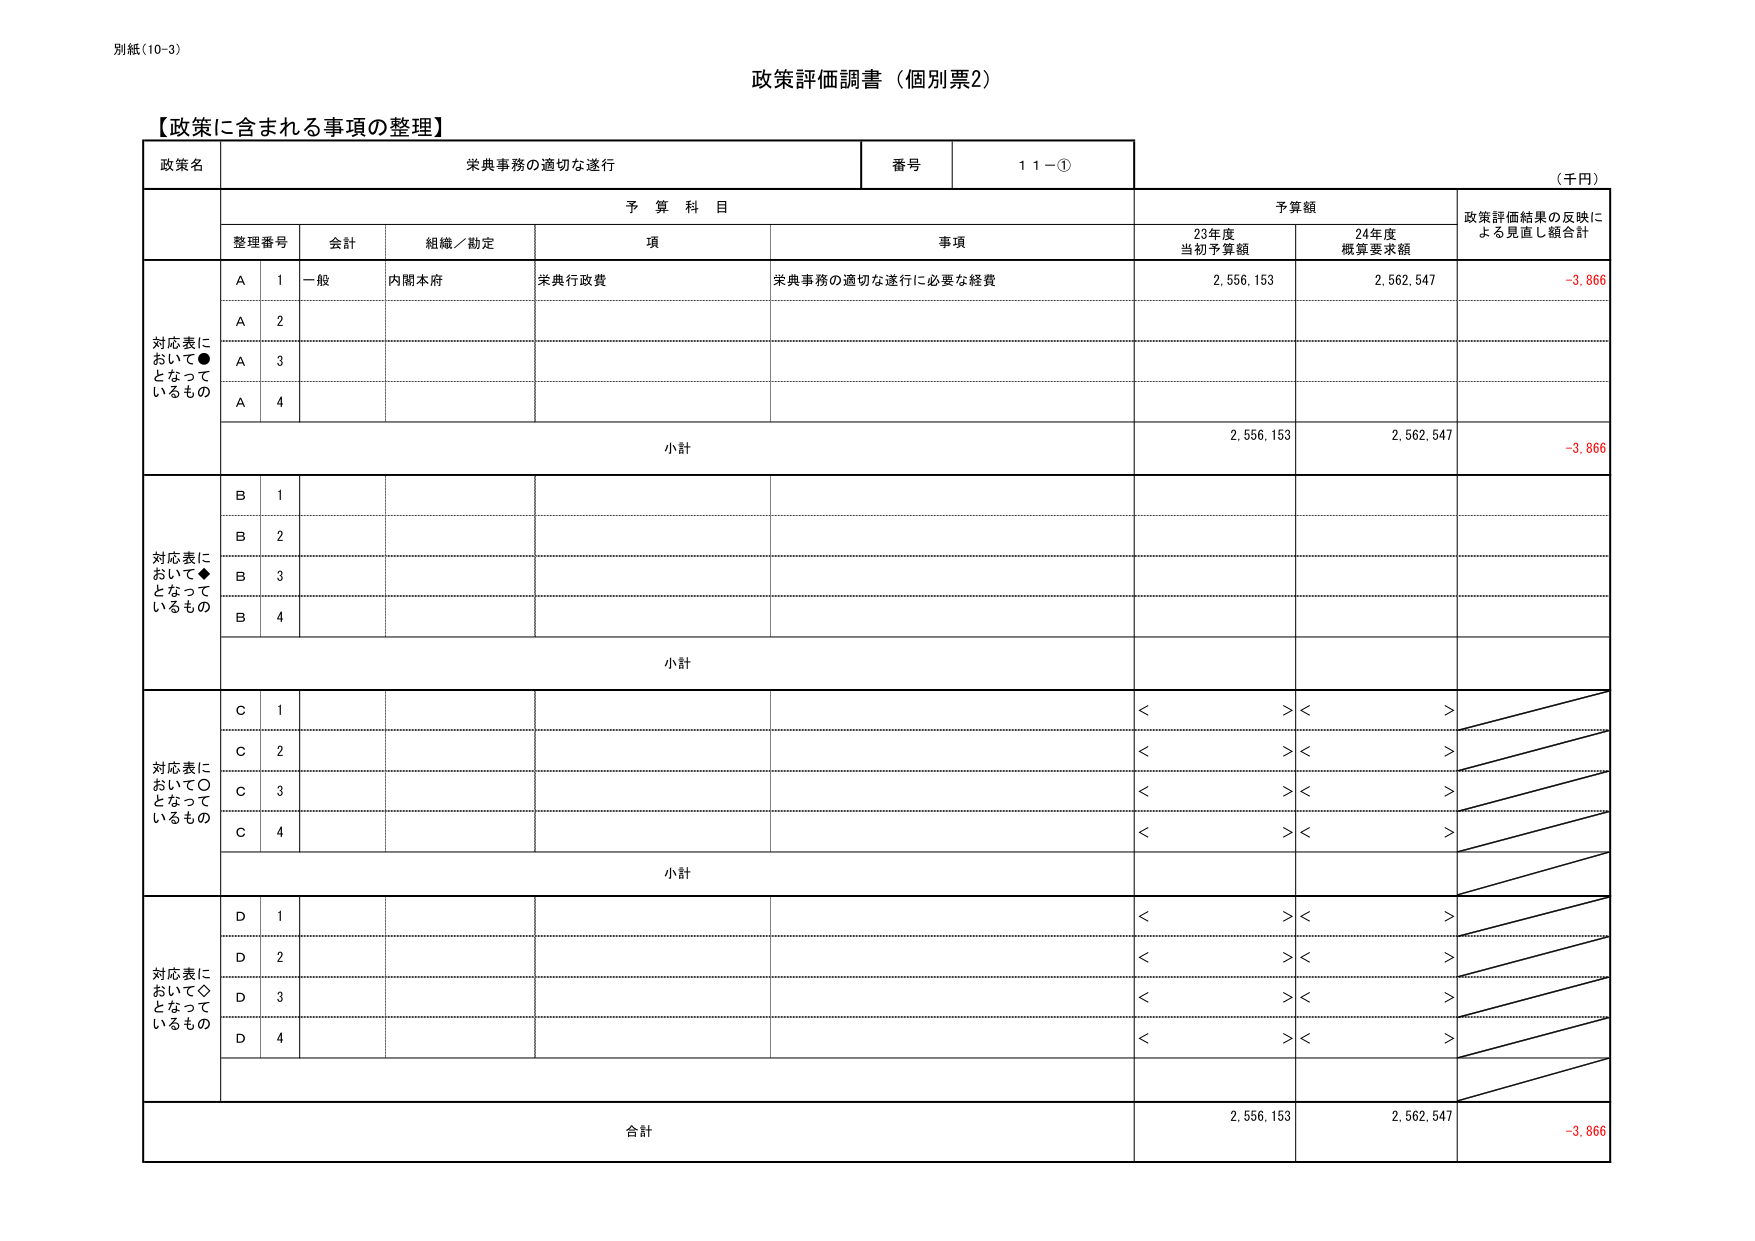
別紙(10-3)

政策評価調書（個別票2）

【政策に含まれる事項の整理】

政策名　　栄典事務の適切な遂行　　　　　　　番号　　１１－①

（千円）

予算科目